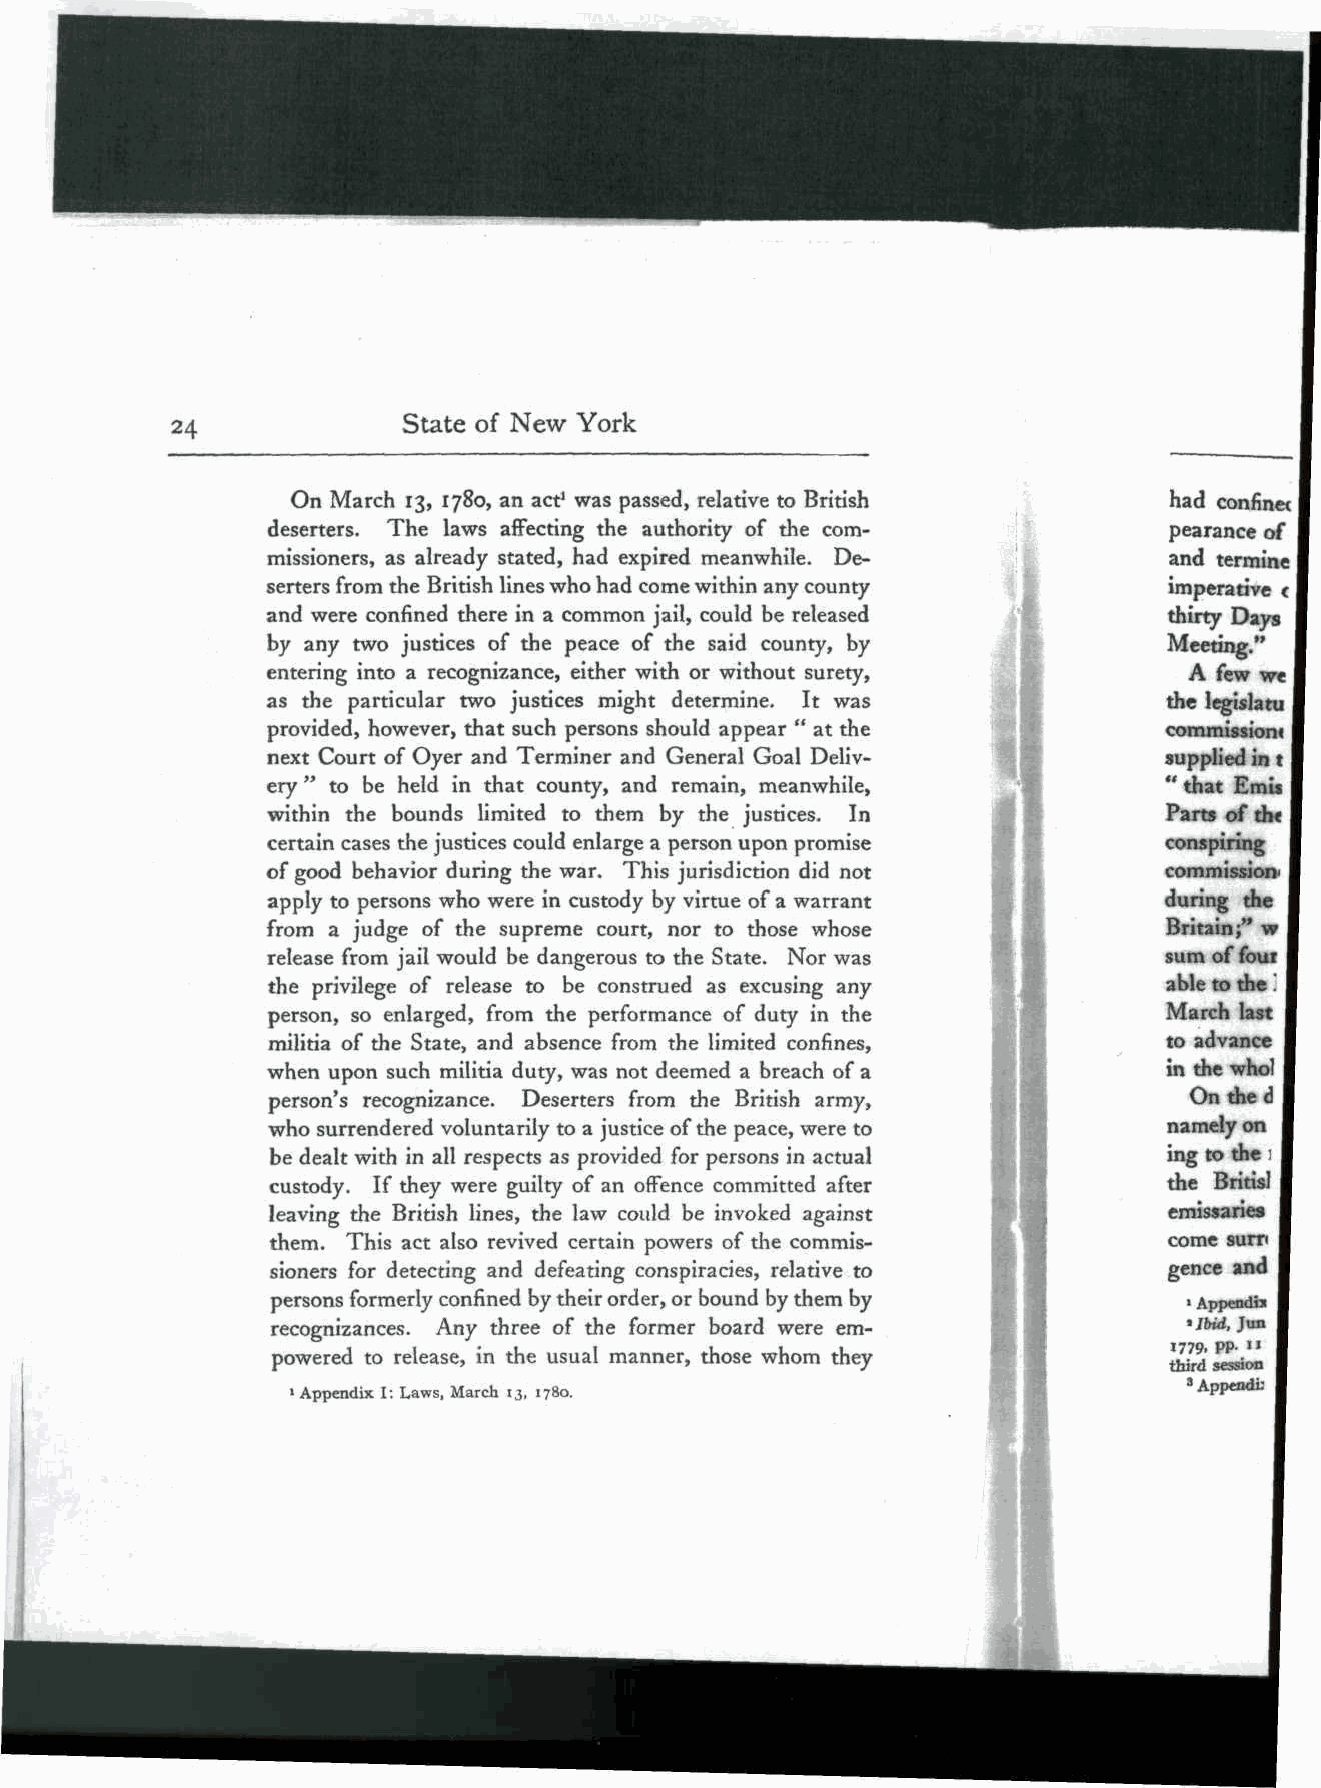
State of New York
 On March 13, 1780, an act1 was passed, relative to British had confinet
 deserters. The laws affecting the authority of the com-    pearance of
 missioners, as already stated, had expired meanwhile. De-  and termine
 serters from the British lines who had come within any county imperative <
 and were confined there in a common jail, could be released thirty Days
 by any two justices of the peace of the said county, by    Meeting."
 entering into a recognizance, either with or without surety, A few we
 as the particular two justices might determine. It was     the legislatu
 provided, however, that such persons should appear " at the commission*
 next Court of Oyer and Terminer and General Goal Deliv-    supplied in t
 ery " to be held in that county, and remain, meanwhile,    " that Emis
 within the bounds limited to them by the justices. In      Parts of th<
 certain cases the justices could enlarge a person upon promise conspiring
 of good behavior during the war. This jurisdiction did not commission-
 apply to persons who were in custody by virtue of a warrant during the
 from a judge of the supreme court, nor to those whose      Britain;" w
 release from jail would be dangerous to the State. Nor was sum of four
 the privilege of release to be construed as excusing any   able to the'.
 person, so enlarged, from the performance of duty in the   March last
 militia of the State, and absence from the limited confines, to advance
 when upon such militia duty, was not deemed a breach of a  in the who!
 person's recognizance. Deserters from the British army,      On the d
 who surrendered voluntarily to a justice of the peace, were to namely on
 be dealt with in all respects as provided for persons in actual ing to the ;
 custody. If they were guilty of an offence committed after the Britisl
 leaving the British lines, the law could be invoked against emissaries
 them. This act also revived certain powers of the commis-  come surr<
 sioners for detecting and defeating conspiracies, relative to gence and
 persons formerly confined by their order, or bound by them by
 »Appendix
 recognizances. Any three of the former board were em-        * Ibid, Jun
 powered to release, in the usual manner, those whom they   1779. PP- "
 third session
 1 Appendix I: Laws, March 13, 1780.                        3 Appendb